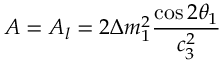
A = A _ { l } = 2 \Delta m _ { 1 } ^ { 2 } \frac { \cos 2 \theta _ { 1 } } { c _ { 3 } ^ { 2 } }